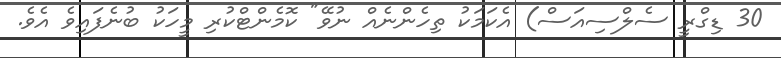
30 ޑިގްރީ ސެލްސިއަސް) އެކަމަކު ތިހެންނެއް ނުވޭ" ކޮމެންޓްކުރި މީހަކު ބުނެފައިވެ އެވެ.